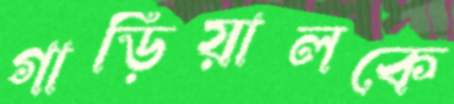
গাড়িয়ালকে